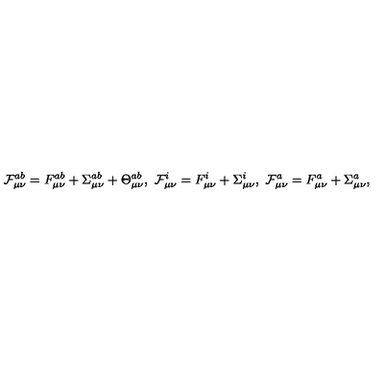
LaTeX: { \cal F } _ { \mu \nu } ^ { a b } = F _ { \mu \nu } ^ { a b } + \Sigma _ { \mu \nu } ^ { a b } + \Theta _ { \mu \nu } ^ { a b } , \ { \cal F } _ { \mu \nu } ^ { i } = F _ { \mu \nu } ^ { i } + \Sigma _ { \mu \nu } ^ { i } , \ { \cal F } _ { \mu \nu } ^ { a } = F _ { \mu \nu } ^ { a } + \Sigma _ { \mu \nu } ^ { a } ,